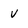
Character: v